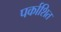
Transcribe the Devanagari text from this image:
पर्काशित